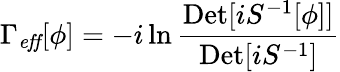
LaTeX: \Gamma_{\mathit{eff}}[\phi]=-i\ln{\frac{{\mathrm{Det}}[i{S}^{-1}[\phi]]}{{\mathrm{Det}}[iS^{-1}]}}